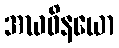
အဃဝိနယော